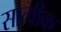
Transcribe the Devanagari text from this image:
सात्वीक